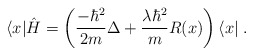
\begin{align*}\langle x|\hat H=\left(\frac{-\hbar^2}{2m}\Delta+\frac{\lambda\hbar^2}{m} R(x)\right)\langle x|\;. \end{align*}